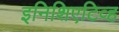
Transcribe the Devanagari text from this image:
इनिशिएटिव्ह